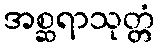
အစ္ဆရာသုတ္တံ